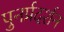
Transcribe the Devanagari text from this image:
पुनर्प्रदर्शन